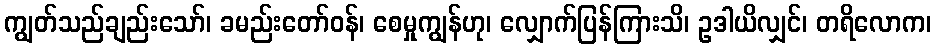
ကျွတ်သည်ချည်းသော်၊ ခမည်းတော်ဝန်၊ စေမှုကျွန်ဟု၊ လျှောက်ပြန်ကြားသိ၊ ဥဒါယိလျှင်၊ တရိလောက၊